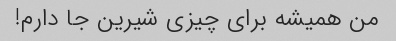
من همیشه برای چیزی شیرین جا دارم!